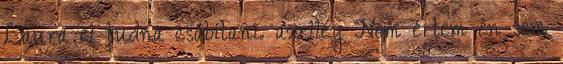
Laura el tudna csábítani. axelley Nem értem én sem